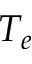
T _ { e }